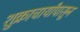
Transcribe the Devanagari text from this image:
शुक्राचार्यांपासून